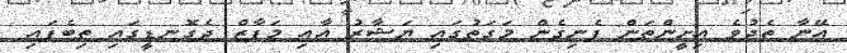
އޭނާ ތެދުވެ އިށީންތަން ފެނިގެން މަގަތުގައި ޔަޝާރު އާއި މަފާޒް ދެގޮނޑީގައި ތިބެފައި